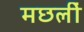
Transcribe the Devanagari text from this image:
मछलीं